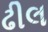
ઢીલ